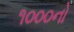
૧૦૦૦નો